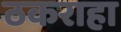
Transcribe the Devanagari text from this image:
ठकराहा